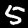
Label: 5